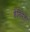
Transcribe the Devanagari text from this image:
डेनियेला